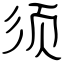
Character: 须